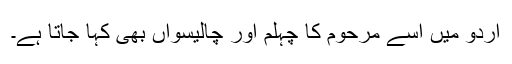
اردو میں اسے مرحوم کا چہلم اور چالیسواں بھی کہا جاتا ہے۔